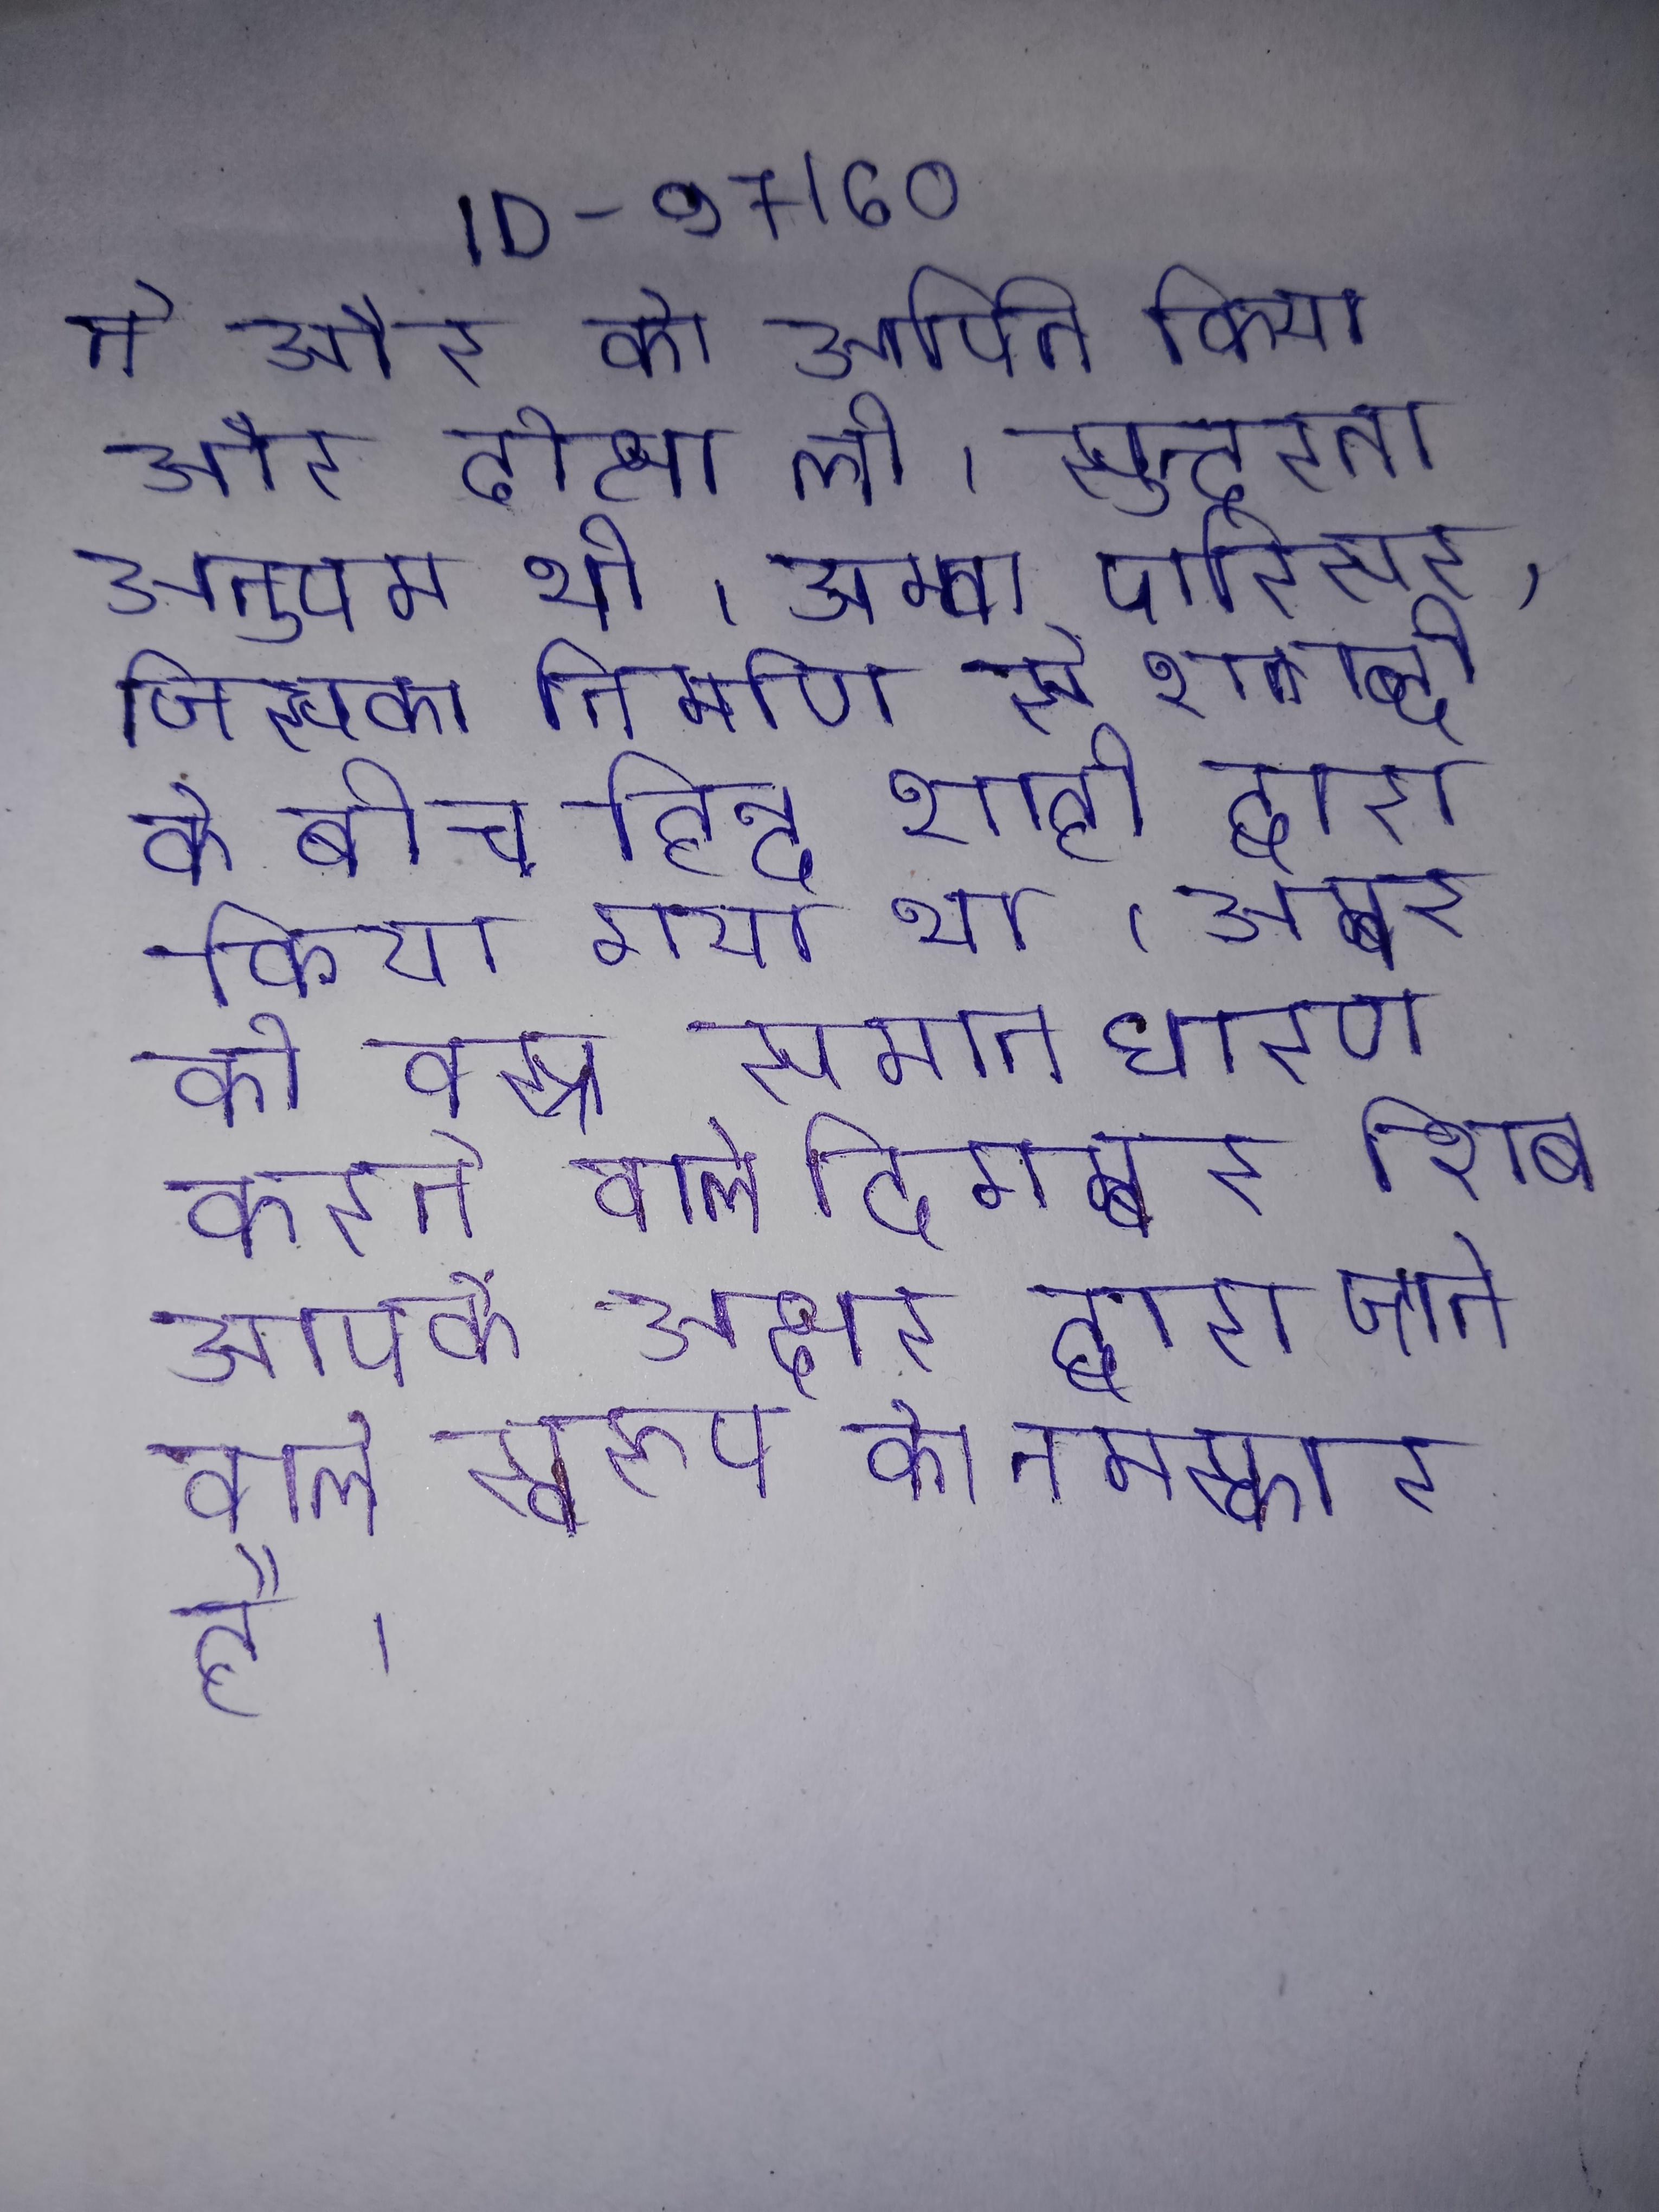
ने और को अर्पित किया और दीक्षा ली । सुन्दरता अनुपम थी । अम्ब परिसर, जिसका निर्माण से शताब्दी के बीच हिन्दू शाही द्वारा किया गया था । अम्बर को वस्त्र समान धारण करने वाले दिगम्बर शिव, आपके अक्षर द्वारा जाने वाले स्वरूप को नमस्कार है ।